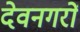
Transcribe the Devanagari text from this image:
देवनगरों